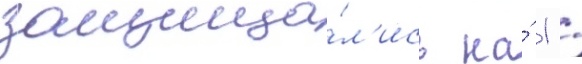
защища́л'ись на́ 1 /